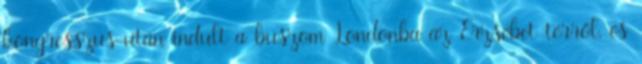
kongresszus után indult a buszom Londonba az Erzsébet-térről, és